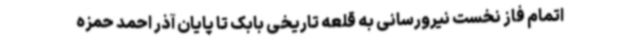
اتمام فاز نخست نیرورسانی به قلعه تاریخی بابک تا پایان آذر احمد حمزه